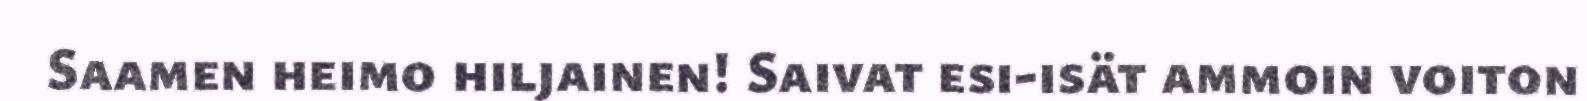
Saamen heimo hiljainen! Saivat esi-isät ammoin voiton